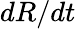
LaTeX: dR/dt